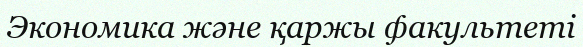
Экономика және қаржы факультеті